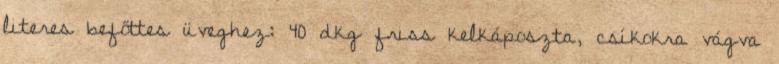
literes befőttes üveghez: 40 dkg friss kelkáposzta, csíkokra vágva